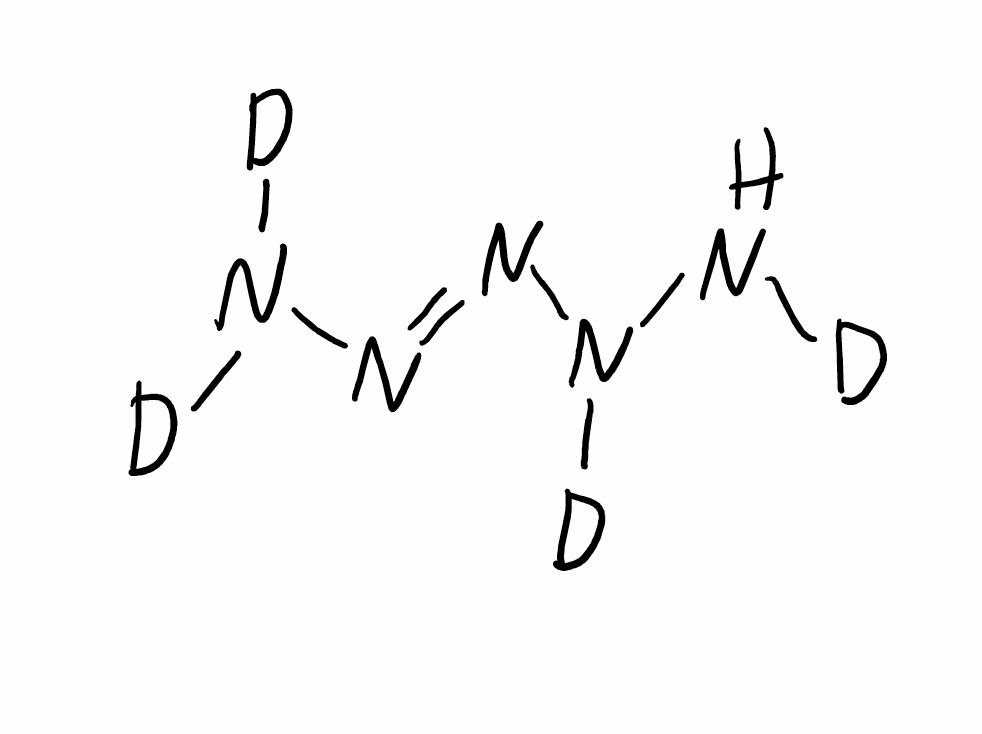
Simplified molecular-input line-entry system (SMILES) notation of the given molecule:
[2H]NN([2H])/N=N/N([2H])[2H]